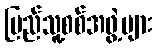
ပြည်သူ့စစ်အဖွဲ့များ